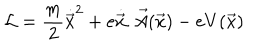
{ \cal { L } } = \frac { m } { 2 } { \dot { \vec { x } } } ^ { 2 } + e \dot { \vec { x } } . \vec { A } ( \vec { x } ) - e V ( \vec { x } )